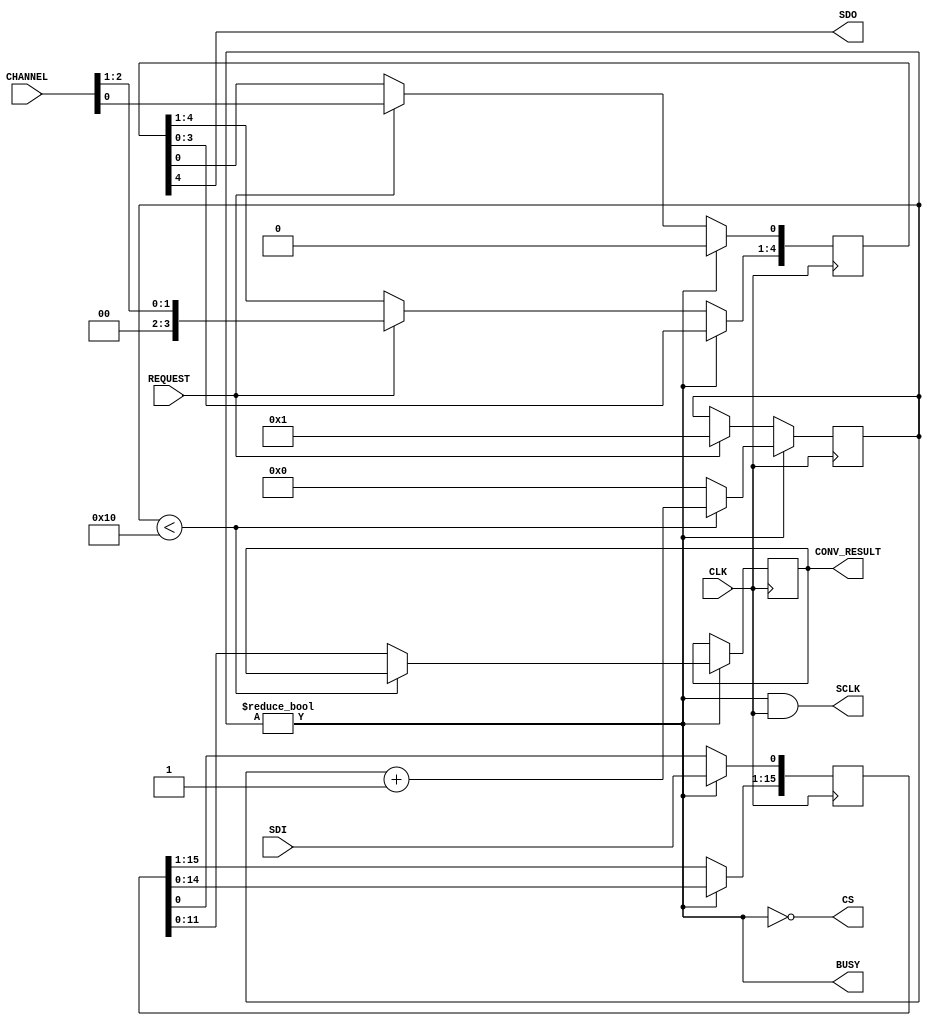
module spi4(  input   CLK,
              input  [ 2:0] CHANNEL,
              output [11:0] CONV_RESULT,
              input         REQUEST,
              output        BUSY,
              output  CS,
              output  SCLK,
              output  SDO,
              input   SDI  );
reg [ 4:0] tx_sreg = 0;
reg [15:0] rx_sreg = 0;
reg [11:0] saved_data = 0;
reg [4:0] bit_cnt = 0;
always @(negedge CLK)
  begin
  if(BUSY)
    begin
    if(bit_cnt < 16)  bit_cnt <= bit_cnt + 5'd1;
    else              
      begin
      saved_data <= rx_sreg[11:0];
      bit_cnt <= 0;
      end
    tx_sreg[4:1] <= tx_sreg[3:0];
    tx_sreg[0] <= 0;
    end
  else
    begin
    if(REQUEST)
      begin
      bit_cnt <= 1;
      tx_sreg <= {2'b0, CHANNEL};
      end
    end
  end              
always@(posedge CLK)
  begin
  if(BUSY)
    begin
    rx_sreg[0] <= SDI;
    rx_sreg[15:1] <= rx_sreg[14:0];
    end
  end
assign BUSY = (bit_cnt != 5'd0);
assign CS   = ~BUSY;
assign SDO  = tx_sreg[4];
assign SCLK = BUSY & CLK;
assign CONV_RESULT = saved_data; 
endmodule